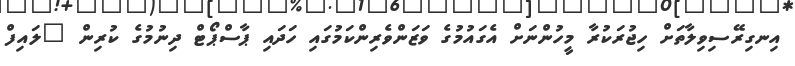
އިނގިރޭސިވިލާތަށް ހިޖުރަކުރާ މީހުންނަށް އެގައުމުގެ ވަޒަންވެރިންކަމުގައި ހަދައި ޕާސްޕޯޓް ދިނުމުގެ ކުރިން "ލައިފް